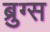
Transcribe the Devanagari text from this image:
ब्रुग्स